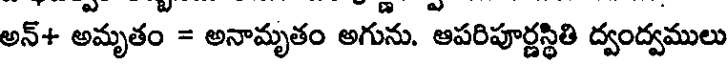
అన్+ అమృతం = అనామృతం అగును. ఆపరిపూర్ణస్థితి ద్వంద్వములు